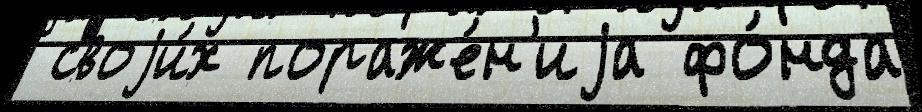
 своjи́х пораже́н'иjа фо́нда